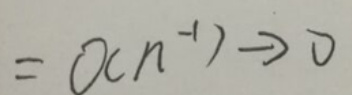
\[
= \mathcal{O}(n^{-1})\to 0
\]